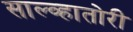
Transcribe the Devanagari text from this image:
साल्व्हातोरी